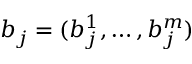
b _ { j } = ( b _ { j } ^ { 1 } , \ldots , b _ { j } ^ { m } )